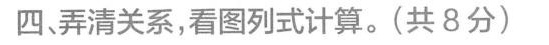
四、弄清关系，看图列式计算。(共8分)